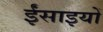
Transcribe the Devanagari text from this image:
ईंसाइयों